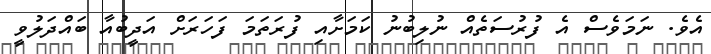
އެވެ. ނަމަވެސް އެ ފުރުސަތެއް ނުލިބުނު ކަމަށާއި ފުރަތަމަ ފަހަރަށް އަދީބުއާ ބައްދަލުވީ